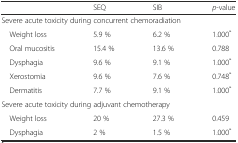
|  | SEQ | SIB | p-value |
 | --- | --- | --- | --- |
 | <COLSPAN=3> Severe acute toxicity during concurrent chemoradiation |  |
 | Weight loss | 5.9 % | 6.2 % | 1.000* |
 | Oral mucositis | 15.4 % | 13.6 % | 0.788 |
 | Dysphagia | 9.6 % | 9.1 % | 1.000* |
 | Xerostomia | 9.6 % | 7.6 % | 0.748* |
 | Dermatitis | 7.7 % | 9.1 % | 1.000* |
 | <COLSPAN=3> Severe acute toxicity during adjuvant chemotherapy |  |
 | Weight loss | 20 % | 27.3 % | 0.459 |
 | Dysphagia | 2 % | 1.5 % | 1.000* |